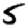
Digit: 5